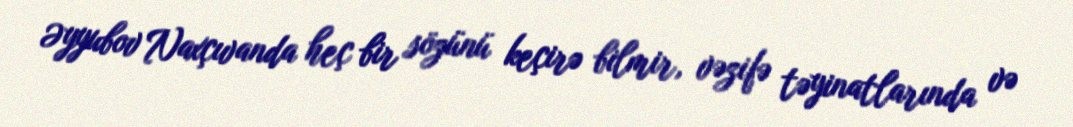
Əyyubov Naxçıvanda heç bir sözünü keçirə bilmir, vəzifə təyinatlarında və